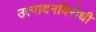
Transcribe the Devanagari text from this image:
उत्पादनविरोधी